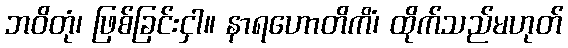
ဘဝိတုံ၊ ဖြစ်ခြင်းငှါ။ နာရဟောတိကိံ၊ ထိုက်သည်မဟုတ်